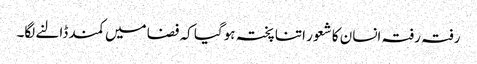
رفتہ رفتہ انسان کا شعور اتنا پختہ ہوگیا کہ فضا میں کمند ڈالنے لگا۔